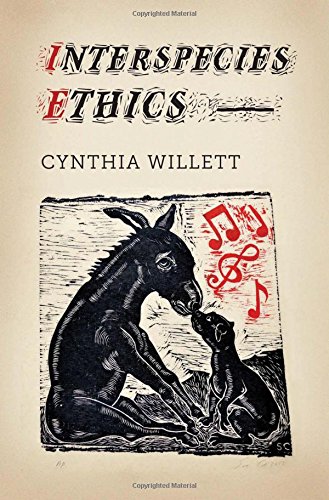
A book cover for Interspecies Ethics (Critical Perspectives on Animals: Theory, Culture, Science, and Law); Cynthia Willett; Science & Math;